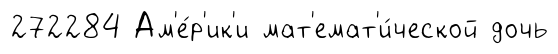
272284 Ам'е́р'ик'и мат'емат'и́ческой дочь